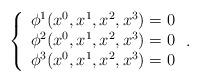
LaTeX: \begin{align*}\left\{ \begin{array}{c}\phi ^1(x^0,x^1,x^2,x^3)=0 \\ \phi ^2(x^0,x^1,x^2,x^3)=0 \\ \phi ^3(x^0,x^1,x^2,x^3)=0 \end{array}\right. .\end{align*}